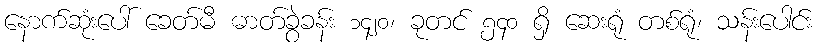
နောက်ဆုံးပေါ် ခေတ်မီ ဓာတ်ခွဲခန်း ၁၄၂၀၊ ခုတင် ၅၄၀ ရှိ ဆေးရုံ တစ်ရုံ၊ သန်းပေါင်း